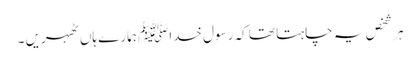
ہر شخص یہ چاہتا تھا کہ رسول خداﷺ ہمارے ہاں ٹھہریں ۔